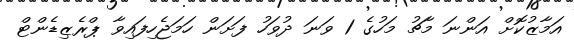
އަމާޒުކޮށް އަންނަ މާޗު މަހުގެ 1 ވަނަ ދުވަހު ފަށަން ހަމަޖެހިފައިވާ ޕްރެޒިޑެންޓް